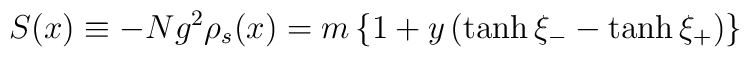
S(x) \equiv - Ng^{2}\rho_{s}(x) = m \left\{1+y\left(\tanh \xi_{-}-\tanh\xi_{+}\right)\right\}